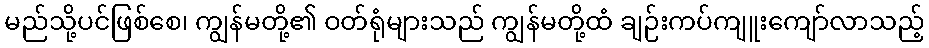
မည်သို့ပင်ဖြစ်စေ၊ ကျွန်မတို့၏ ဝတ်ရုံများသည် ကျွန်မတို့ထံ ချဉ်းကပ်ကျူးကျော်လာသည့်